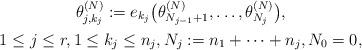
LaTeX: \begin{gather*}\theta_{j,k_j}^{(N)}:=e_{k_j}\big(\theta_{N_{j-1}+1}^{(N)},\ldots,\theta_{N_{j}}^{(N)}\big), \\ 1 \le j \le r, 1 \le k_j \le n_j, N_j:=n_1+\cdots+n_j, N_0=0,\end{gather*}